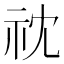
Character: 𮁡